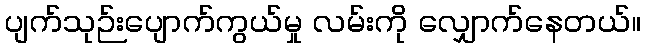
ပျက်သုဉ်းပျောက်ကွယ်မှု လမ်းကို လျှောက်နေတယ်။